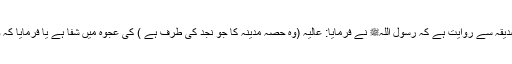
1475: اُمّ المؤمنین عائشہ صدیقہؓ سے روایت ہے کہ رسول اللہﷺ نے فرمایا: عالیہ (وہ حصہ مدینہ کا جو نجد کی طرف ہے ) کی عجوہ میں شفا ہے یا فرمایا کہ وہ صبح کے وقت تریاق ہے۔